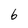
Character: b